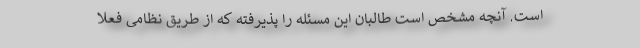
است. آنچه مشخص است طالبان این مسئله را پذیرفته که از طریق نظامی فعلا